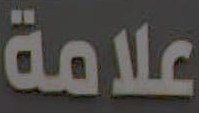
علامة